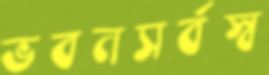
ভবনসর্বস্ব